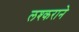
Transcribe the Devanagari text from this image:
लश्कराने